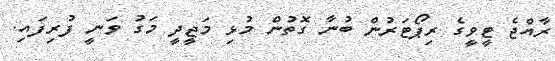
ރާއްޖެ ޓީވީގެ ރިޕޯޓަރުން ބުނާ ގޮތުން މުޅި މަޖީދީ މަގު ވަނީ ފުރިފައި.